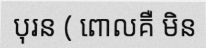
បុរន ( ពោលគឺ មិន